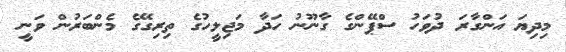
މިދިޔަ އަންގާރަ ދުވަހު ސްޕޭންގެ ގާނޫނު ހަދާ މަޖިލީހުގެ ތިރިގޭގެ މެންބަރުން ވަނީ